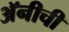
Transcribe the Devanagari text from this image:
अॅनीची